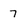
Character: 7